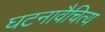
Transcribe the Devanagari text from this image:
घटनावैचित्य